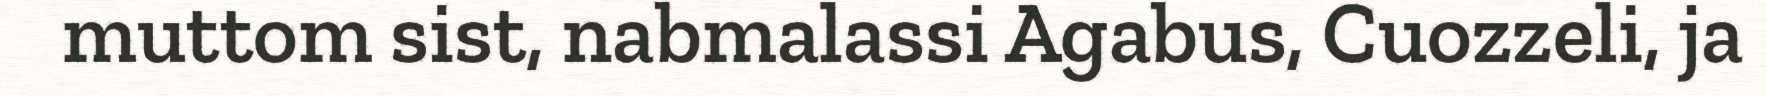
muttom sist, nabmalassi Agabus, Cuozzeli, ja